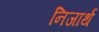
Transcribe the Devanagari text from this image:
निजार्थ